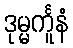
ဒုမ္မင်္ကူနံ